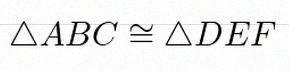
\triangle ABC\cong\triangle DEF